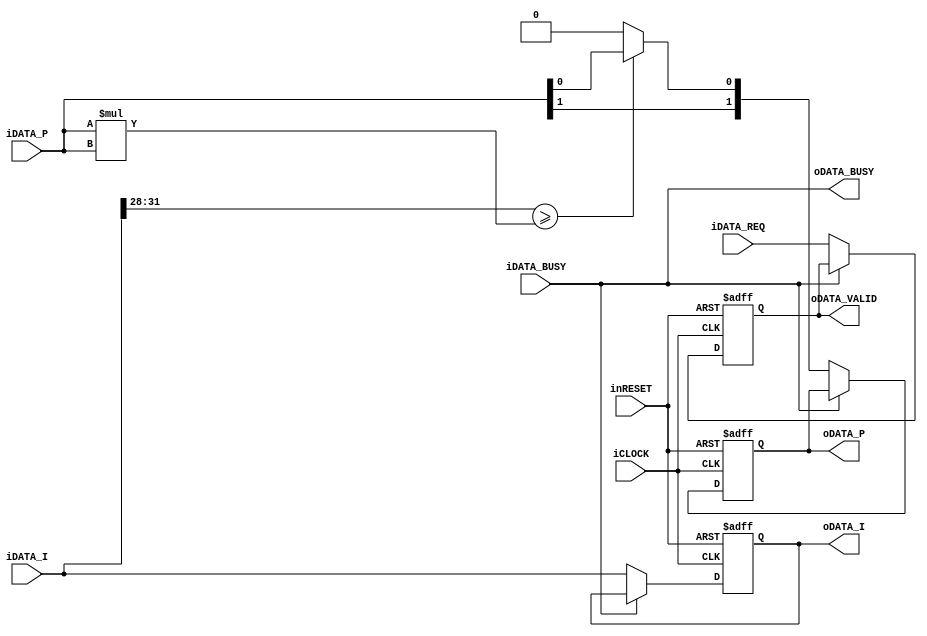
module square_root32_element #(
		parameter P_IN_N = 4,
		parameter P_DFF = 1
	)(
		input wire iCLOCK,
		input wire inRESET,
		//Input
		input wire iDATA_REQ,
		output wire oDATA_BUSY,
		input wire [P_IN_N/2-1:0] iDATA_P,
		input wire [31:0] iDATA_I,
		//Output
		output wire oDATA_VALID,
		input wire iDATA_BUSY,
		output wire [P_IN_N/2-1:0] oDATA_P,
		output wire [31:0] oDATA_I
	);
	
	function [P_IN_N/2-1:0] func_cell_gen;
		input [P_IN_N/2-1:0] func_data_p;
		input [31:0] func_data_i;
		reg [P_IN_N-1:0] func_pri_data;
		begin
			func_pri_data = func_data_p * func_data_p;
			if(func_data_i[31:32-P_IN_N] >= func_pri_data)begin
				func_cell_gen = func_data_p;
			end
			else begin
				func_cell_gen = {func_data_p[P_IN_N/2-1:1], 1'b0};
			end
		end
	endfunction
		
	
	generate 
		if(P_DFF)begin
			//D-FF Delay
			reg b_buffer_req;
			reg [P_IN_N/2-1:0] b_buffer_p;
			reg [31:0] b_buffer_i;
			
			always@(posedge iCLOCK or negedge inRESET)begin
				if(!inRESET)begin
					b_buffer_req <= 1'b0;
				end
				else if(iDATA_BUSY)begin
					b_buffer_req <= b_buffer_req;
				end
				else begin
					b_buffer_req <= iDATA_REQ;
				end
			end
			
			always@(posedge iCLOCK or negedge inRESET)begin
				if(!inRESET)begin
					b_buffer_p <= {P_IN_N/2{1'b0}};
				end
				else if(iDATA_BUSY)begin
					b_buffer_p <= b_buffer_p;
				end
				else begin
					b_buffer_p <= func_cell_gen(iDATA_P, iDATA_I);
				end
			end
			
			always@(posedge iCLOCK or negedge inRESET)begin
				if(!inRESET)begin
					b_buffer_i <= 32'h0;
				end 
				else if(iDATA_BUSY)begin
					b_buffer_i <= b_buffer_i;
				end
				else begin
					b_buffer_i <= iDATA_I;
				end
			end
			
			assign oDATA_VALID = b_buffer_req;
			assign oDATA_P = b_buffer_p;
			assign oDATA_I = b_buffer_i;
		end
		else begin
			//Combination
			assign oDATA_VALID = iDATA_REQ;
			assign oDATA_P = func_cell_gen(iDATA_P, iDATA_I);
			assign oDATA_I = iDATA_I;
		end
	endgenerate
	
	assign oDATA_BUSY = iDATA_BUSY;

	
endmodule